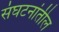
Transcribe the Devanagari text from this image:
संघटनांतील